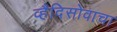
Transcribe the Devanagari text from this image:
व्हैदिसोवाचा